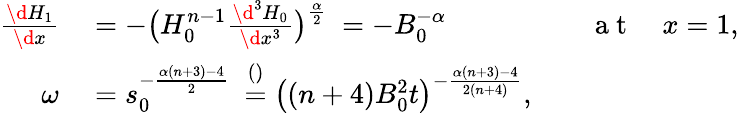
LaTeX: \begin{array}{rlrl}{\frac{\d H_{1}}{\d x}}&{{}=-\big(H_{0}^{n-1}\frac{\d^{3}H_{0}}{\d x^{3}}\big)^{\frac\alpha 2}\ \stackrel{}=-B_{0}^{-\alpha}}&{}&{{}\mathrm{~a~t~}\quad x=1,}\\ {\omega}&{{}=s_{0}^{-\frac{\alpha(n+3)-4}{2}}\ \stackrel{()}=\big((n+4)B_{0}^{2}t\big)^{-\frac{\alpha(n+3)-4}{2(n+4)}},}\end{array}